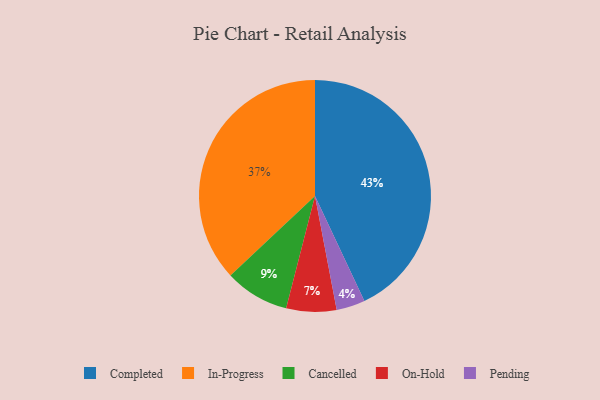
{"axis": {"x": "Category", "y": "Percentage"}, "legend": ["Cancelled", "Completed", "In-Progress", "On-Hold", "Pending"], "data": [{"x": "On-Hold", "y": 7, "type": "On-Hold"}, {"x": "Pending", "y": 4, "type": "Pending"}, {"x": "Cancelled", "y": 9, "type": "Cancelled"}, {"x": "In-Progress", "y": 37, "type": "In-Progress"}, {"x": "Completed", "y": 43, "type": "Completed"}]}